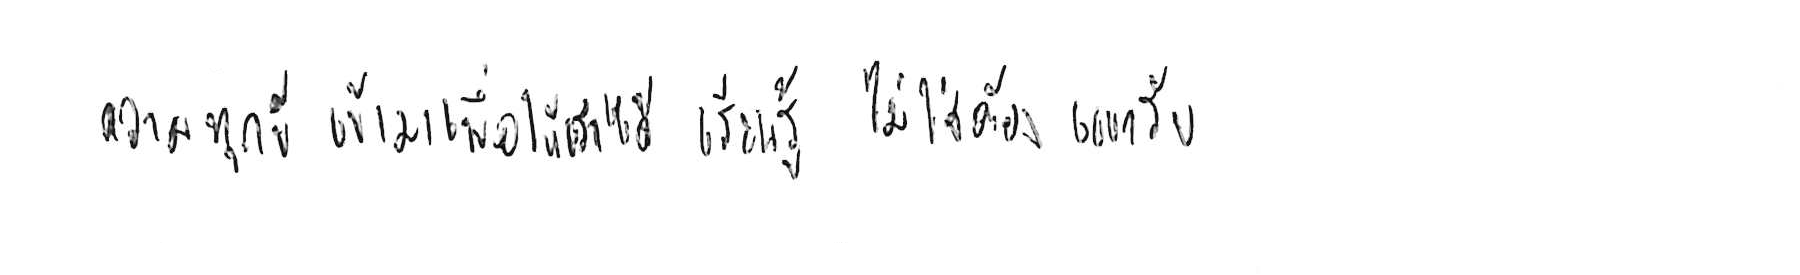
ความทุกข์ เข้ามาเพื่อให้เราได้ เรียนรู้ ไม่ใช่ต้อง แบกรับ